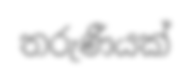
තරුණීයක්